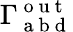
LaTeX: \Gamma_{\mathrm{~a~b~d~}}^{\mathrm{~o~u~t~}}